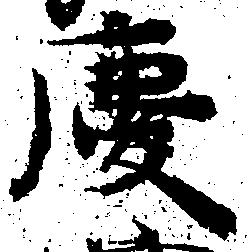
慶